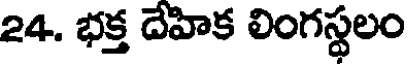
24. భక్త దేహిక లింగస్థలం